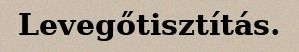
Levegőtisztítás.